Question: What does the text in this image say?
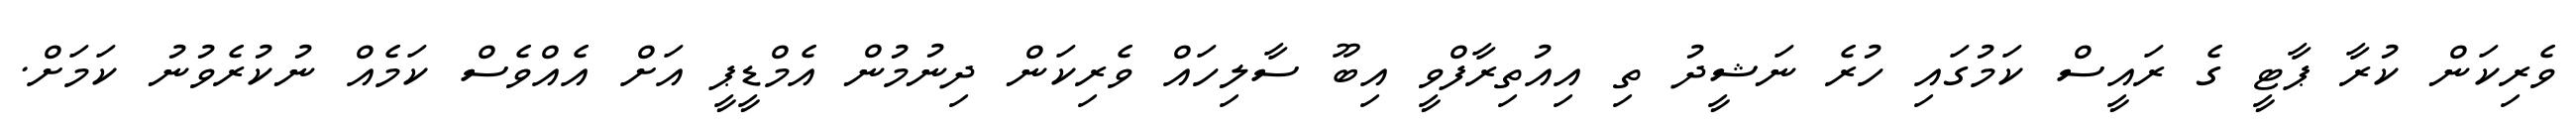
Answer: ވެރިކަން ކުރާ ޕާޓީ ގެ ރައީސް ކަމުގައި ހުރެ ނަޝީދު ތި އިއުތިރާފްވީ އިބޫ ސާލިހައް ވެރިކަން ދިނުމުން އެމްޑީޕީ އަށް އެއްވެސް ކަމެއް ނުކުރެވުނު ކަމަށް.